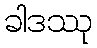
ခါဒဿု